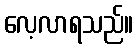
လေ့လာရသည်။